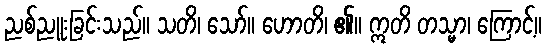
ညစ်ညူးခြင်းသည်။ သတိ၊ သော်။ ဟောတိ၊ ၏။ ဣတိ တသ္မာ၊ ကြောင့်။